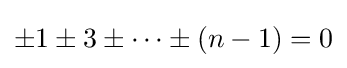
\pm 1\pm 3\pm \cdots \pm (n-1)=0